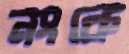
নংকে